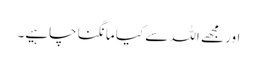
اور مجھے اللہ سے کیا مانگنا چاہیے۔